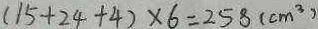
( 1 5 + 2 4 + 4 ) \times 6 = 2 5 8 ( c m ^ { 3 } )